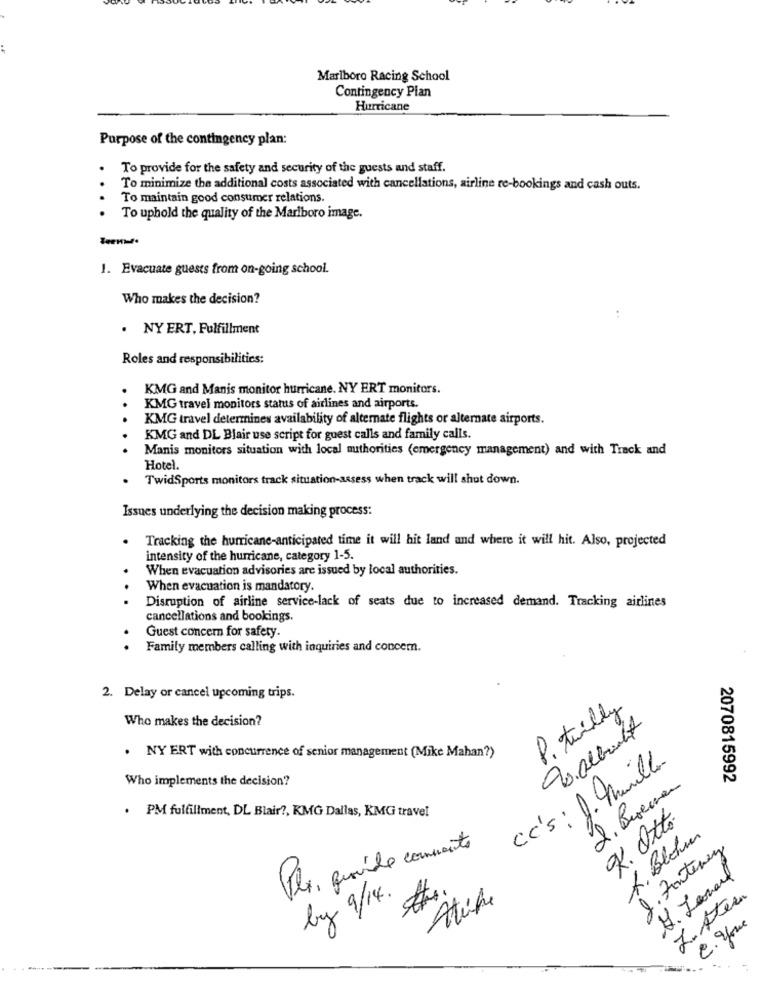
Marlboro Racing School
Contingency Plan
Hurricane
Purpose of the contingency plan:
To provide for the safety and security of the guests and staff.
To minimize the additional costs associated with cancellations, airline re-bookings and cash outs.
To maintain good consumer relations.
To uphold the quality of the Marlboro image.
1. Evacuate guests from on-going school.
Who makes the decision?
. NY ERT, Fulfillment
Roles and responsibilities:
KMG and Manis monitor hurricane. NY ERT monitors.
KMG travel monitors status of airlines and airports.
KMG travel determines availability of alternate flights or alternate airports.
KMG and DL Blair use script for guest calls and family calls.
Manis monitors situation with local authorities (emergency management) and with Track and
Hotel.
TwidSports monitors track situation-assess when track will shut down.
Issues underlying the decision making process:
Tracking the hurricane-anticipated time it will hit land and where it will hit. Also, projected
intensity of the hurricane, category 1-5.
When evacuation advisories are issued by local authorities.
When evacuation is mandatory.
Disruption of airline service-lack of seats due to increased demand. Tracking airlines
cancellations and bookings.
Guest concern for safety.
Family members calling with inquiries and concern.
2. Delay or cancel upcoming trips.
P. twilly
Who makes the decision?
Du albacht
. NY ERT with concurrence of senior management (Mike Mahan?)
Cc's : J. Miller
Who implements the decision?
2070815992
. PM fulfillment, DL Blair ?, KMG Dallas, KMG travel
R. Otto
A. Bloku
Plx, quide comments
J. Fontenay
1. Leonard
by 9/14.
Alife
L. Aten
C. Some